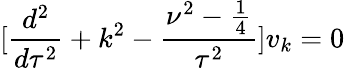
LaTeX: [\frac{d^{2}}{d\tau^{2}}+k^{2}-\frac{\nu^{2}-\frac{1}{4}}{\tau^{2}}]v_{k}=0